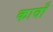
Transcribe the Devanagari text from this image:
कावाँ